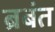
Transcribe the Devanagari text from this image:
ब्रबंत